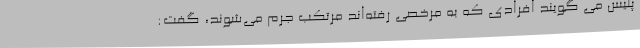
پلیس می گویند افرادی که به مرخصی رفته‌اند مرتکب جرم می‌شوند، گفت: